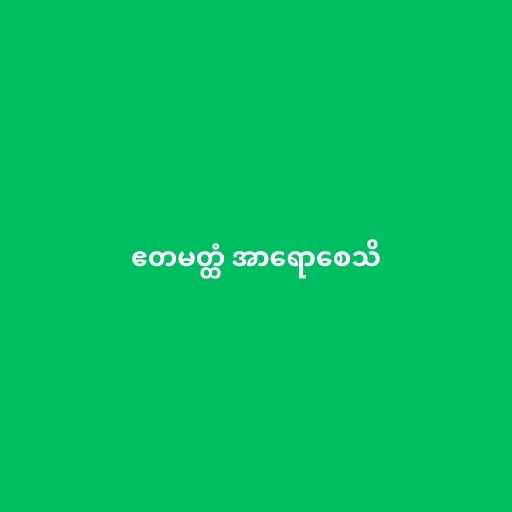
ဧတမတ္ထံ အာရောစေသိ